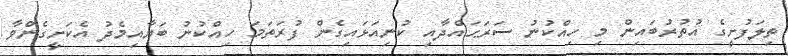
ތިލަފުށީގެ އުތުރުބައިން މި ހިއްކުނު ސަރަޙައްދާއި ކުނިއަޅައިގެން ފުރަތަމަ ހިއްކުނު ބަޔާއިމެދު އެކަށީގެންވާ